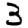
Digit: 3